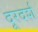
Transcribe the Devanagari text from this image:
दूरदर्श